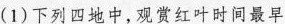
(1)下列四地中，观赏红叶时间最早